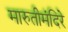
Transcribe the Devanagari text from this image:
मारुतीमंदिरे